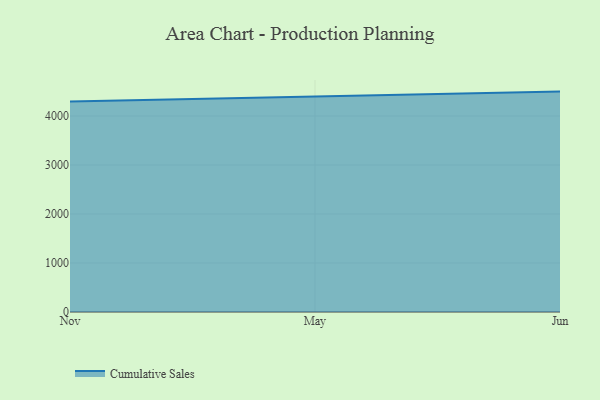
{"axis": {"x": "Month", "y": "Satisfaction Score"}, "legend": ["Cumulative Sales"], "data": [{"x": "Nov", "y": 4292.8, "type": "Cumulative Sales"}, {"x": "May", "y": 4398.1, "type": "Cumulative Sales"}, {"x": "Jun", "y": 4497.3, "type": "Cumulative Sales"}]}